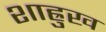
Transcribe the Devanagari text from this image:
शाह्रुख